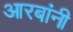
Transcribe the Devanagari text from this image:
आरबांनी